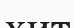
хит